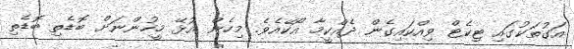
އަގުތަކުގައި ޓިކެޓް ވިއްކައިގެން ދެއްކީމާ އޯކޭއެވެ. މިހެން އުޅޭ މީހުންނަށް ބޮޑެތި ބޮޑެތި